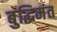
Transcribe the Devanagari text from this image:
बुद्धिमंत